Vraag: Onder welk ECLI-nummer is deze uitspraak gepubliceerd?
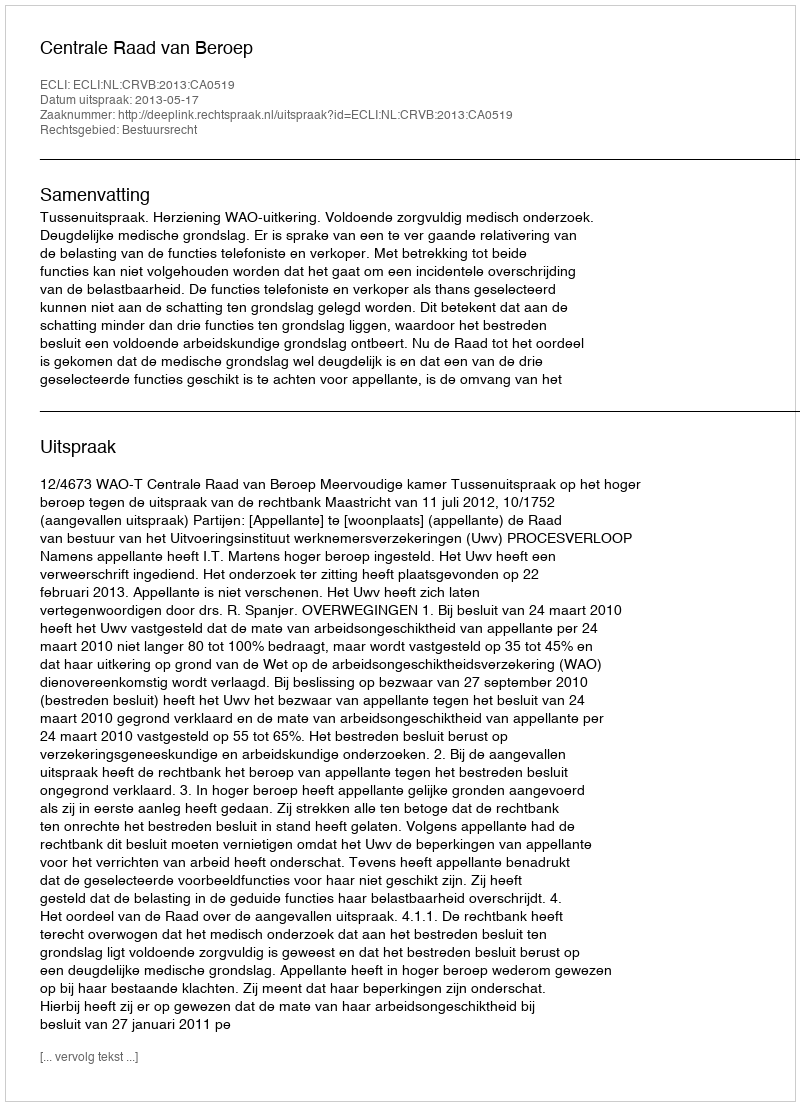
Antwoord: ECLI:NL:CRVB:2013:CA0519